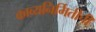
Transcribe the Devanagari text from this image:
काव्यनिर्मितीची